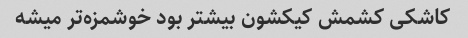
کاشکی کشمش کیکشون بیشتر بود خوشمزه‌تر میشه